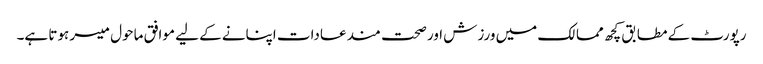
رپورٹ کے مطابق کچھ ممالک میں ورزش اور صحت مند عادات اپنانے کے لیے موافق ماحول میسر ہوتا ہے۔